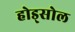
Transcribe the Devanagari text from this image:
होड्सोल